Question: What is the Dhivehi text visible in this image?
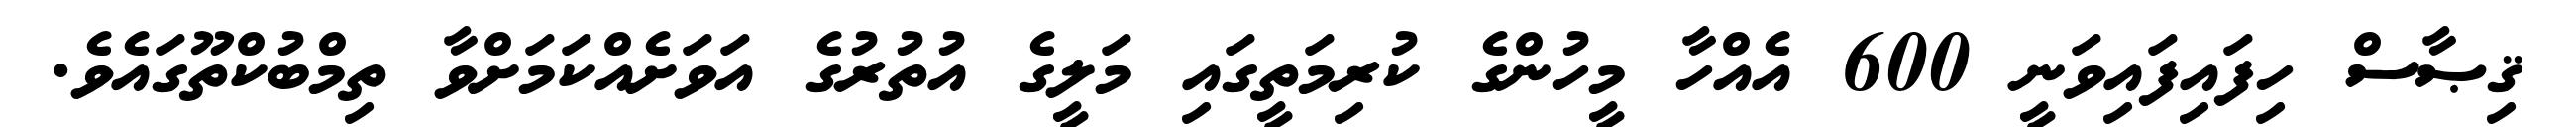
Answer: ޤިޞާސް ހިފައިފައިވަނީ 600 އެއްހާ މީހުންގެ ކުރިމަތީގައި މަލީގެ އުތުރުގެ އަވަށެއްކަމަށްވާ ތިމްބުކްތޫގައެވެ.